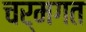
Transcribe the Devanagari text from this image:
चर्मगत